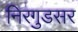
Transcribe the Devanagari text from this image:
निरगुडसर